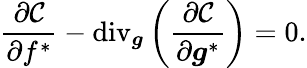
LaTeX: \frac{\partial\mathcal{C}}{\partial f^{*}}-\textrm{div}_{\boldsymbol{g}}\left(\frac{\partial\mathcal{C}}{\partial\boldsymbol{g}^{*}}\right)=0.